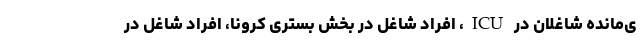
ی‌مانده شاغلان در ICU، افراد شاغل در بخش بستری کرونا، افراد شاغل در